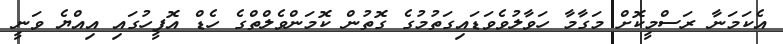
އެކަމަނާ ރަސްމީކޮށް މަގާމާ ހަވާލުވެވަޑައިގަތުމުގެ ގޮތުން ކޮމަންވެލްތްގެ ހެޑް އޮފީހުގައި އިއްޔެ ވަނީ